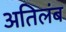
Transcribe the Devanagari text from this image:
अतिलंब